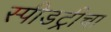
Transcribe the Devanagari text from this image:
स्पीडट्रीचा